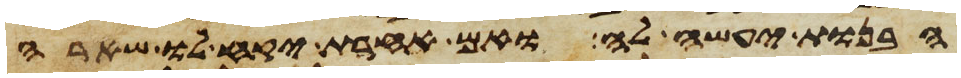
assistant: הבנות יעשה לה ואם אחרת יקח לו שארה